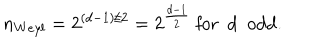
n _ { W e y l } = 2 ^ { ( d - 1 ) / 2 } = 2 ^ { \frac { d - 1 } { 2 } } \mathrm { ~ f o r ~ d ~ o d d } .